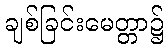
ချစ်ခြင်းမေတ္တာ၌